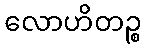
လောဟိတဉ္စ